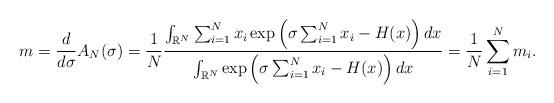
LaTeX: \begin{align*}m = \frac{d}{d\sigma} A_N ( \sigma) = \frac{1}{N} \frac{ \int_{\mathbb{R}^N} \sum_{i=1}^{N} x_i \exp \left( \sigma \sum_{i=1}^{N} x_i - H(x) \right)dx }{ \int_{\mathbb{R}^N} \exp \left( \sigma \sum_{i=1}^{N} x_i - H(x) \right) dx } = \frac{1}{N}\sum_{i=1}^N m_i .\end{align*}